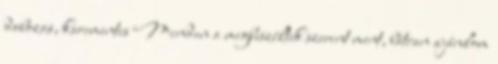
dobozos, karcmentes Minden a megbeszéltek szerint ment, bátran ajánlom